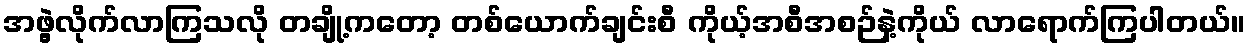
အဖွဲ့လိုက်လာကြသလို တချို့ကတော့ တစ်ယောက်ချင်းစီ ကိုယ့်အစီအစဉ်နဲ့ကိုယ် လာရောက်ကြပါတယ်။